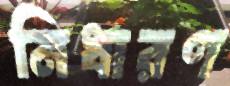
নিধারণ